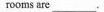
rooms are ___.